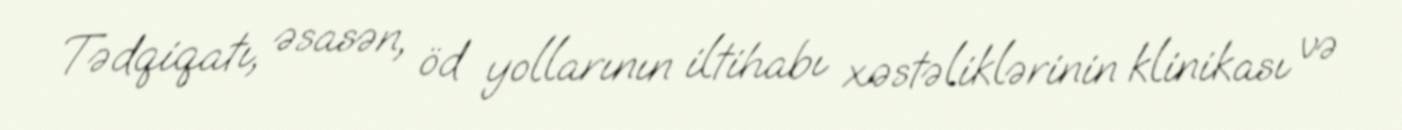
Tədqiqatı, əsasən, öd yollarının iltihabı xəstəliklərinin klinikası və